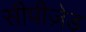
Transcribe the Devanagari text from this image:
सीपीज़ेड